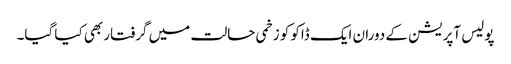
پولیس آپریشن کے دوران ایک ڈاکو کو زخمی حالت میں گرفتار بھی کیا گیا۔